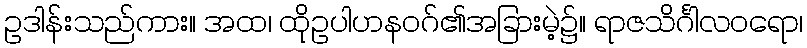
ဥဒါန်းသည်ကား။ အထ၊ ထိုဥပါဟနဝဂ်၏အခြားမဲ့၌။ ရာဇသိင်္ဂါလဝရော၊